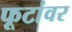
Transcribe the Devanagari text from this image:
फूटांवर